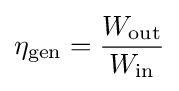
\eta _{\text{gen}}={\frac {W_{\text{out}}}{W_{\text{in}}}}